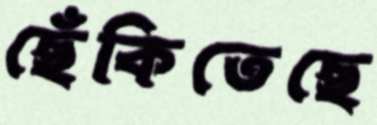
ছেঁকিতেছে